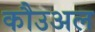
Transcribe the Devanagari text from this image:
कौउअल